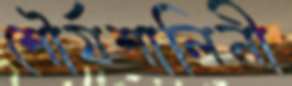
শৌর্যশালিনী